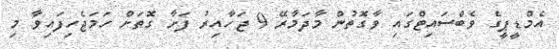
އެމްޑީޕީގެ ވެބްސައިޓްގައި ވާގޮތުން މާދަމާރޭ 9 ޖަހާއިރު ފަށާ ގޮތަށް ހަމަޖެހިފައިވާ މި